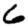
Digit: 6